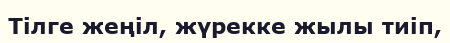
Тілге жеңіл, жүрекке жылы тиіп,